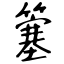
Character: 簺